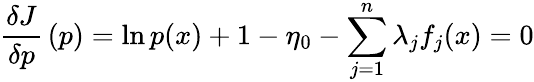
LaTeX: {\frac{\delta J}{\delta p}}\left(p\right)=\ln{p(x)}+1-\eta_{0}-\sum_{j=1}^{n}\lambda_{j}f_{j}(x)=0